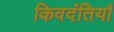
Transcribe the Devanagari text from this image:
किवदंतियाँ